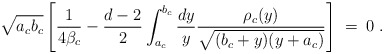
\begin{align*}\sqrt{a_cb_c}\left[ {1\over 4\beta_c}-{d-2\over 2}\int_{a_c}^{b_c} {dy\over y} {\rho_c(y)\over \sqrt{(b_c+y)(y+a_c)}}\right]\;=\;0\;.\end{align*}